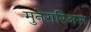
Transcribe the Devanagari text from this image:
मुनेरारिअस